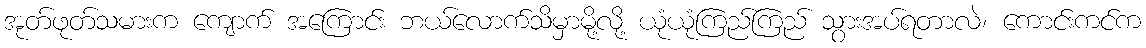
အုတ်ဖုတ်သမားက ကျောက် အကြောင်း ဘယ်လောက်သိမှာမို့လို့ ယုံယုံကြည်ကြည် သွားအပ်ရတာလဲ၊ ကောင်းကင်က